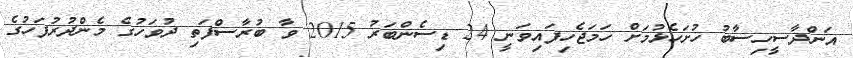
އަންދާސީހިސާބު ހުށަހެޅުމަށް ހަމަޖެހިފައިވަނީ 24 ޑިސެންބަރު 2015 ވާ ބުރާސްފަތި ދުވަހުގެ މެންދުރުފަހުގެ